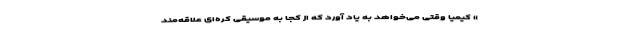
» کیمیا وقتی می‌خواهد به یاد آورد که از کجا به موسیقی کره‌ای علاقه‌مند